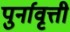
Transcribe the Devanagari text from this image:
पुर्नावृत्ती